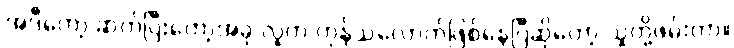
အဲဒီတော့ ဆက်ပြီးတော့အခု လူက ကုန်သလောက်ဖြစ်နေပြီဆိုတော့ သူတို့ဖမ်းတာ။